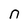
Character: n